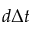
d \Delta t